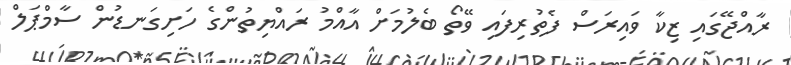
ރާއްޖޭގައި ޒިކާ ވައިރަސް ފެތުރިފައި ވޭތޯ ބެލުމަށް އާއްމު ރައްޔިތުންގެ ހަށިގަނޑުން ސާމްޕަލް